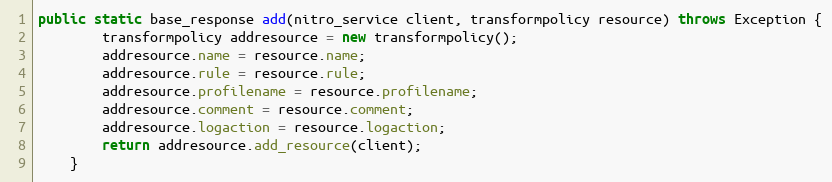
Language: Java
public static base_response add(nitro_service client, transformpolicy resource) throws Exception {
		transformpolicy addresource = new transformpolicy();
		addresource.name = resource.name;
		addresource.rule = resource.rule;
		addresource.profilename = resource.profilename;
		addresource.comment = resource.comment;
		addresource.logaction = resource.logaction;
		return addresource.add_resource(client);
	}